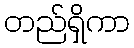
တည်ရှိကာ